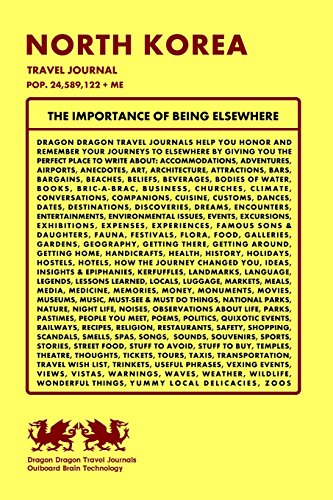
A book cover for North Korea Travel Journal, Pop. 24,589,122 + Me; Dragon Dragon Travel Journals; Travel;